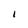
Character: I